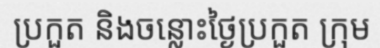
ប្រកួត និងចន្លោះថ្ងៃប្រកួត ក្រុម